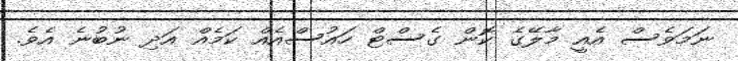
ނަމަވެސް އެއީ މާލޭގެ ކޮން ގެސްޓް ހައުސްއެއް ކަމެއް އަދި ނުބުނެ އެވެ.